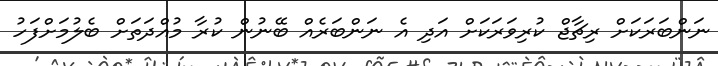
ނަންބަރަކަށް ރިޗާޖް ކުރިވަރަކަށް އަދި އެ ނަންބަރެއް ބޭނުން ކުރާ މުއްދަތަށް ބެލުމަށްފަހު